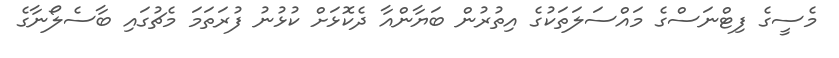
މެސީގެ ފިޓްނަސްގެ މައްސަލަތަކުގެ އިތުރުން ބަޔާންއާ ދެކޮޅަށް ކުޅުނު ފުރަތަމަ މެޗުގައި ބާސެލޯނާގެ